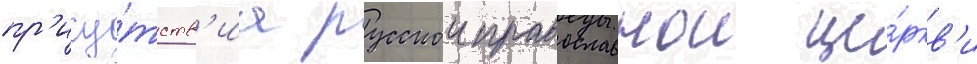
пр'ису́тств'иа русскои православнои це́ркв'и